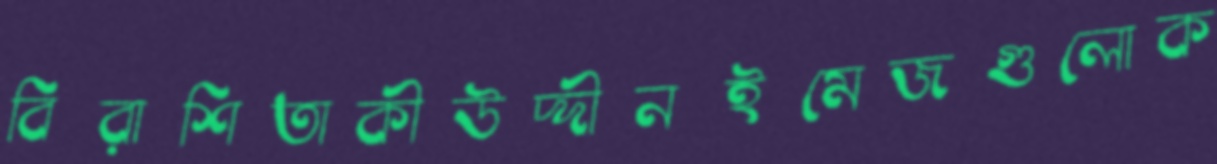
বিরাশিতাকীউদ্দীনইমেজগুলোক